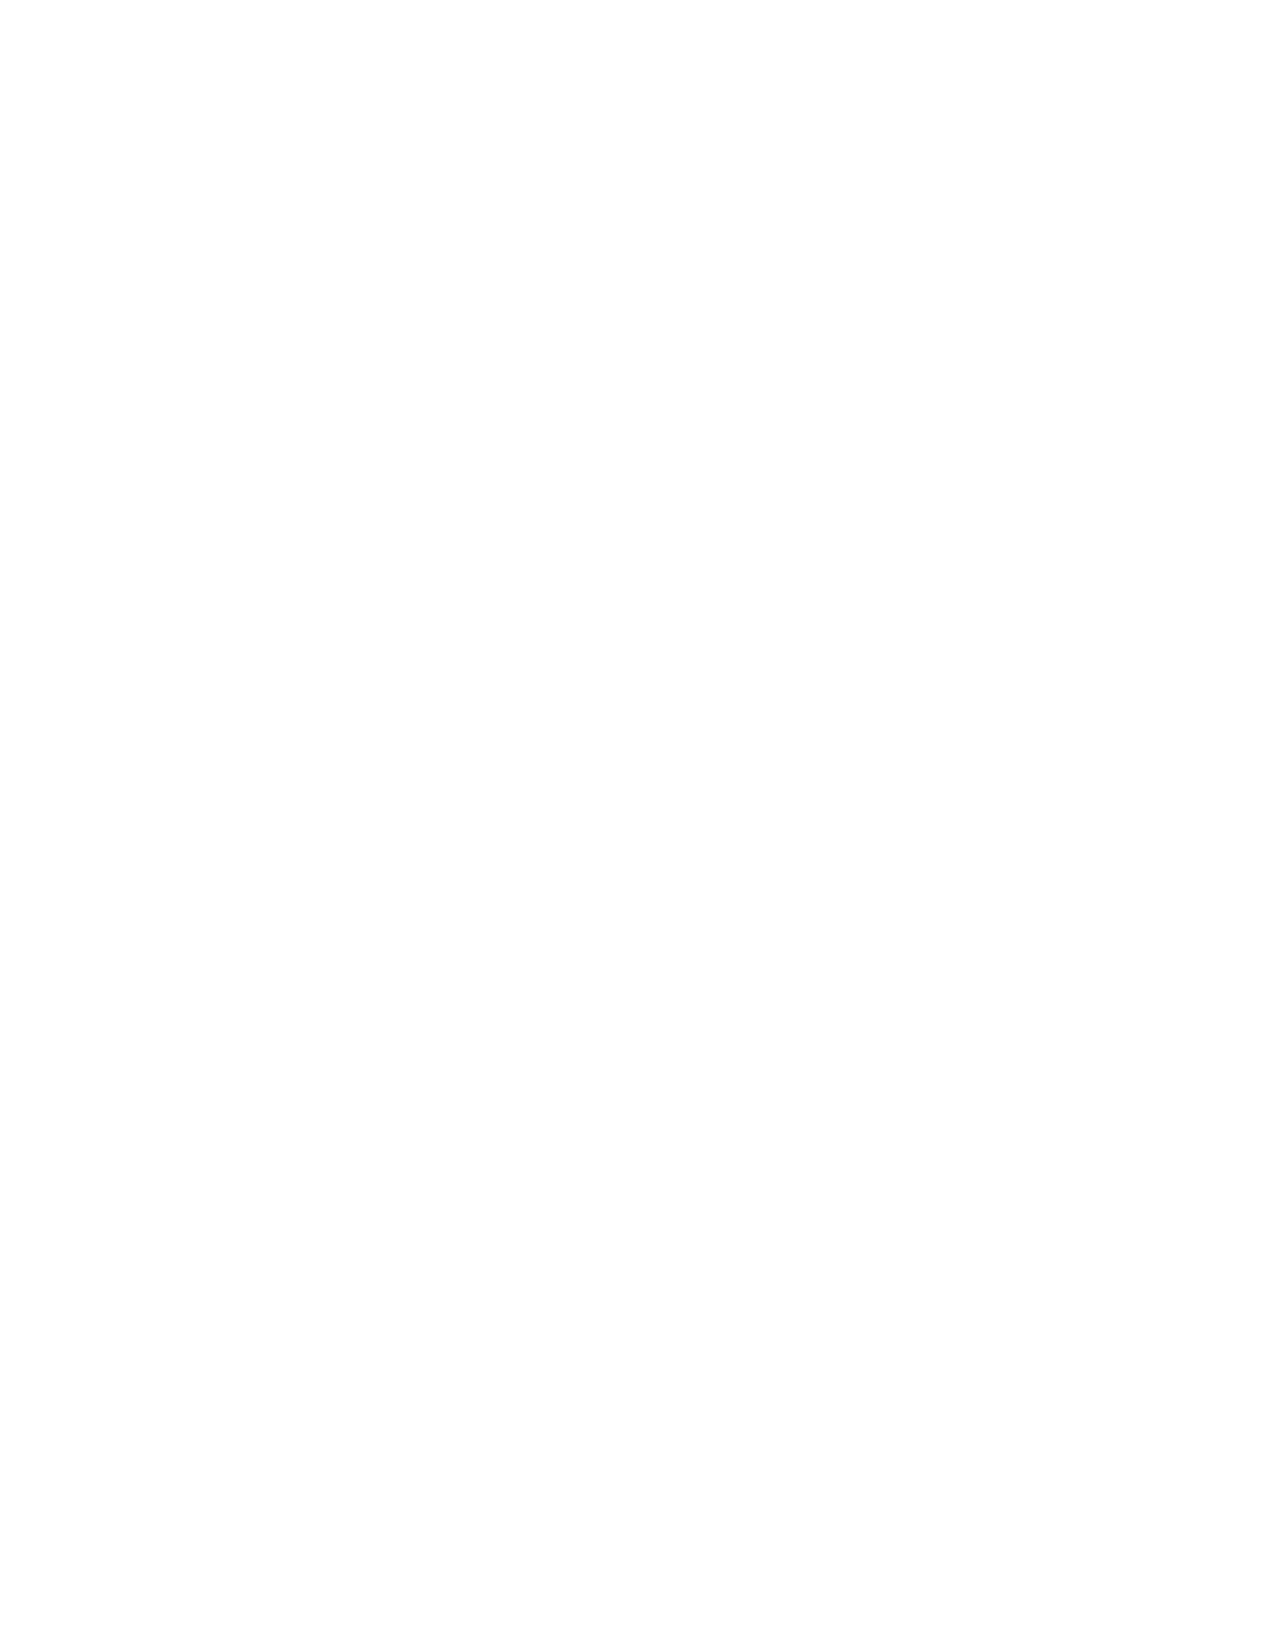
VerDate Apr 14 2004 11:04 Apr 14, 2004 Jkt 077500 PO 00000 Frm 00006 Fmt 8221 Sfmt 8221 C:\CONAN\CON045.XXX PRFM99 PsN: CON045